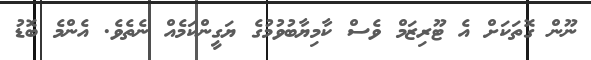
ނޫން ގޮތަކަށް އެ ޓޫރިޒަމް ވެސް ކާމިޔާބުވުމުގެ ޔަގީންކަމެއް ނެތެވެ. އެންމެ ބޮޑު